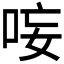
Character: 𭇭